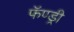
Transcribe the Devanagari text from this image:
फॅण्ड्री